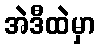
အဲဒီထဲမှာ